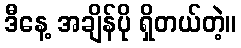
ဒီနေ့ အချိန်ပို ရှိတယ်တဲ့။